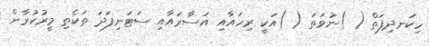
ހިކަނދިފަތް ( )ނުވަތަ ( )އަކީ ރިހައާއި އަސާރައާއި ސަޓަނިފަދަ ތަކެތި މީރުކުރާން